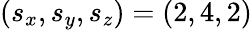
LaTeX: (s_{x},s_{y},s_{z})=(2,4,2)